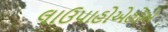
લાઉપાહોએહોએ